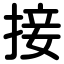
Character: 接